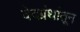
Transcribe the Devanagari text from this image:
वेदग्रंथांतून